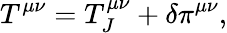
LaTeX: T^{\mu\nu}=T_{J}^{\mu\nu}+\delta\pi^{\mu\nu},